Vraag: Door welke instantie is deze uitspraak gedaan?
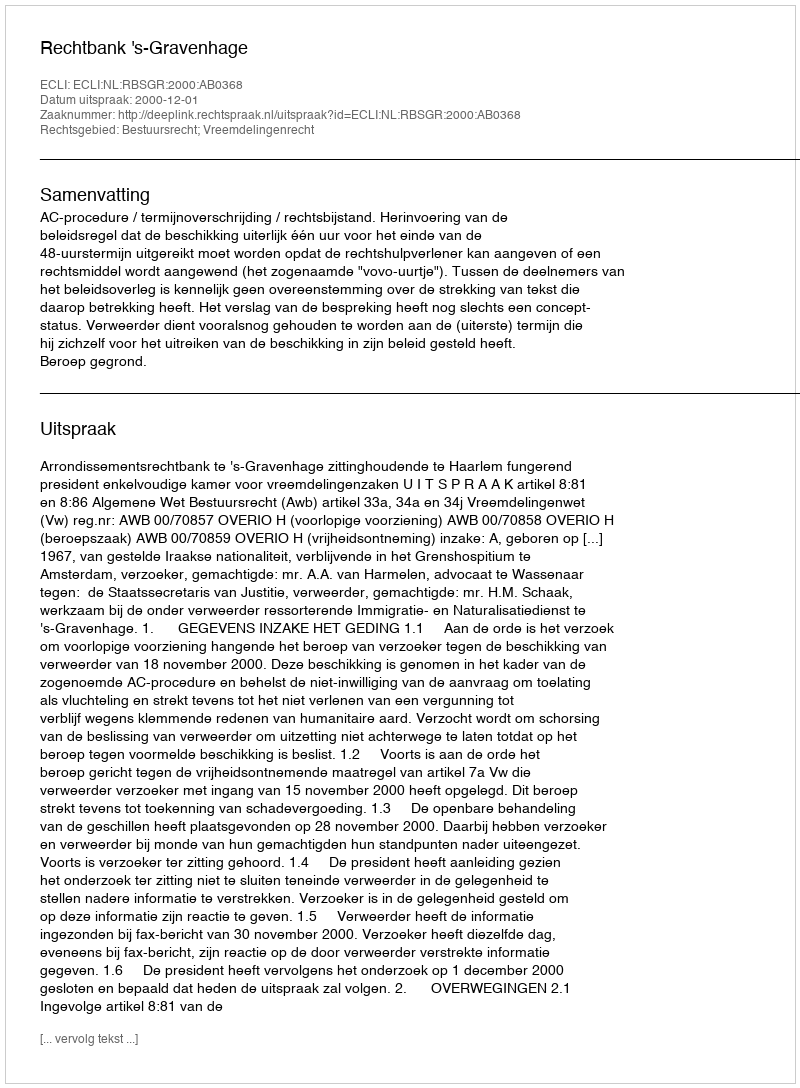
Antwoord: Rechtbank 's-Gravenhage